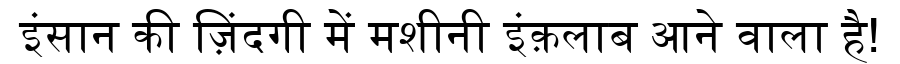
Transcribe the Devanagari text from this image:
इंसान की ज़िंदगी में मशीनी इंक़लाब आने वाला है!